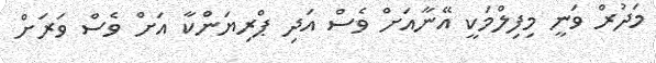
މަދުރް ވަނީ މިފިލްމަކީ އޭނާއަށް ވެސް އަދި ޕްރިޔަންކާ އަށް ވެސް ވަރަށް